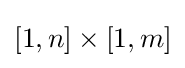
[1,n]\times [1,m]